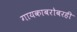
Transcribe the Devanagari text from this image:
गायकाबरोबरही